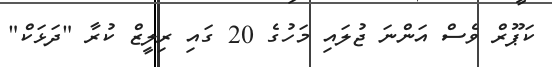
ކަޕޫރް ވެސް އަންނަ ޖުލައި މަހުގެ 20 ގައި ރިލީޒް ކުރާ "ދަޅަކް"